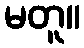
မတူ။